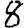
Digit: 8